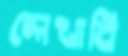
লেখাবি